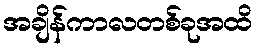
အချိန်ကာလတစ်ခုအထိ